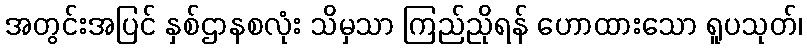
အတွင်းအပြင် နှစ်ဌာနစလုံး သိမှသာ ကြည်ညိုရန် ဟောထားသော ရူပသုတ်၊